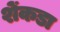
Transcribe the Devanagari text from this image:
शेंकडा